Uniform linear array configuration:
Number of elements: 8
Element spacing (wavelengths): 1
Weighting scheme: blackman
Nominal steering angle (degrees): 60
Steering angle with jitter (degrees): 58.664
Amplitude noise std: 0.05
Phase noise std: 0.05

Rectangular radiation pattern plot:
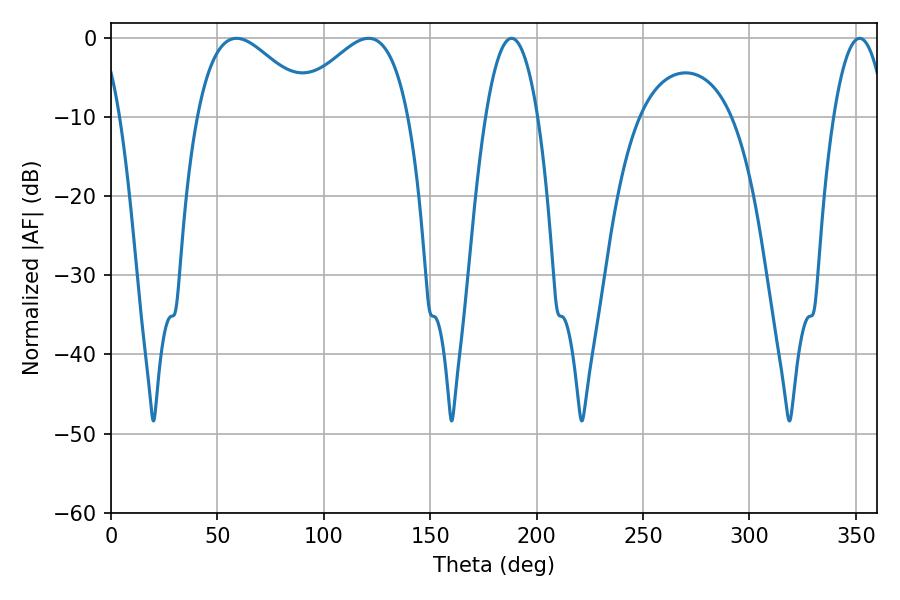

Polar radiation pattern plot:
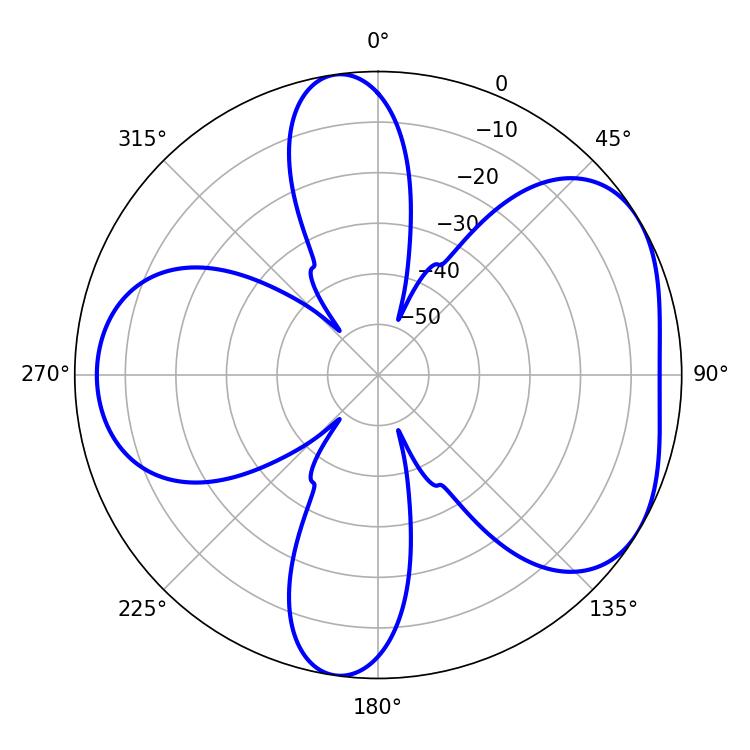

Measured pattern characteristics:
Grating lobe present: TRUE
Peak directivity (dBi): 4.755
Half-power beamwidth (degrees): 29.7
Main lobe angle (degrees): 59.04